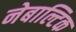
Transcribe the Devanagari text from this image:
नेबाल्टिक